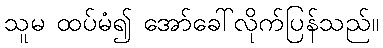
သူမ ထပ်မံ၍ အော်ခေါ်လိုက်ပြန်သည်။